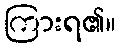
ကြားရ၏။